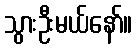
သွားဦးမယ်နော်။